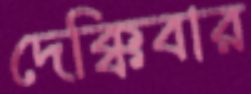
দেক্কিবার